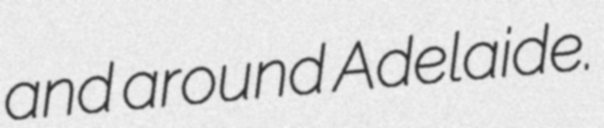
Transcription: and around Adelaide.